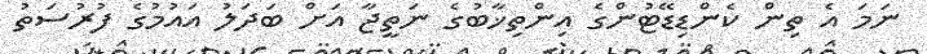
ނަމަ އެ ތިން ކެންޑިޑޭޓުންގެ އިންތިޚާބުގެ ނަތީޖާ އަށް ބަދަލު އައުމުގެ ފުރުސަތު